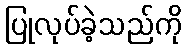
ပြုလုပ်ခဲ့သည်ကို